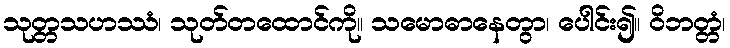
သုတ္တသဟဿံ၊ သုတ်တထောင်ကို။ သမောဓာနေတွာ၊ ပေါင်း၍။ ဝိဘတ္တံ၊